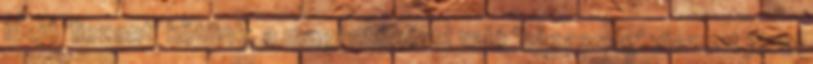
idejű 'liezont' kötünk, a magántőkével való 'házasság' viszont jóval